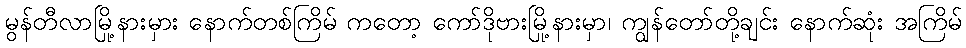
မွန်တီလာမြို့နားမှား နောက်တစ်ကြိမ် ကတော့ ကော်ဒိုဗားမြို့နားမှာ၊ ကျွန်တော်တို့ချင်း နောက်ဆုံး အကြိမ်